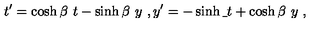
t ^ { \prime } = \cosh \beta \ t - \sinh \beta \ y \ , y ^ { \prime } = - \sinh \b \ t + \cosh \beta \ y \ ,